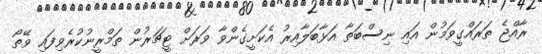
ރާއްޖެ ތަރައްގީވަމުން އައި ނިސްބަތާ އަޅާބަލާއިރު އެކަށީގެންވާ ވަރަށް ޓީޗަރުން ތަމްރީނުކުރެވިފައި ވޭތޯ